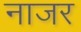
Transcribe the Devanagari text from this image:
नाजर